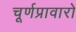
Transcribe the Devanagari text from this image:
चूर्णप्रावारो